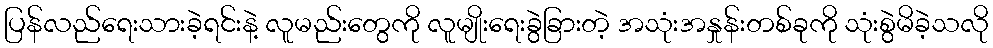
ပြန်လည်ရေးသားခဲ့ရင်းနဲ့ လူမည်းတွေကို လူမျိုးရေးခွဲခြားတဲ့ အသုံးအနှုန်းတစ်ခုကို သုံးစွဲမိခဲ့သလို